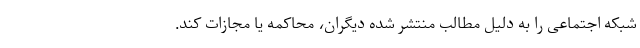
شبکه اجتماعی را به دلیل مطالب منتشر شده دیگران، محاکمه یا مجازات کند.